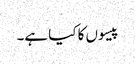
پیسوں کا کیا ہے۔